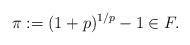
LaTeX: \begin{align*} \pi := (1+p)^{1/p} - 1 \in F. \end{align*}